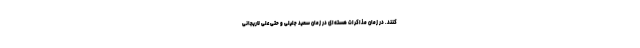
کنند. در زمان مذاکرات هسته‌ای در زمان سعید جلیلی و حتی علی لاریجانی